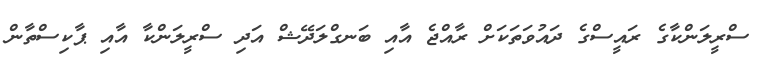
ސްރީލަންކާގެ ރައީސްގެ ދައުވަތަކަށް ރާއްޖެ އާއި ބަނގްލަދޭޝް އަދި ސްރީލަންކާ އާއި ޕާކިސްތާން